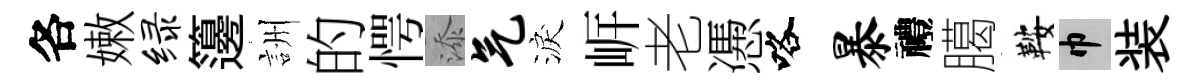
各嫩绿籩詶的愕添气淚㟁老慿咯暴禮臈鞍巾装